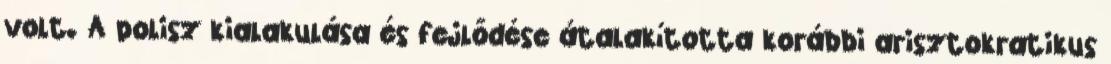
volt. A polisz kialakulása és fejlődése átalakította korábbi arisztokratikus